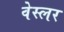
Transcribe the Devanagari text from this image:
वेस्लर